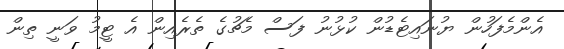
އެންމެފަހުން ޔުނައިޓެޑުން ކުޅުނު ފަސް މެޗުގެ ތެރެއިން އެ ޓީމު ވަނީ ތިން